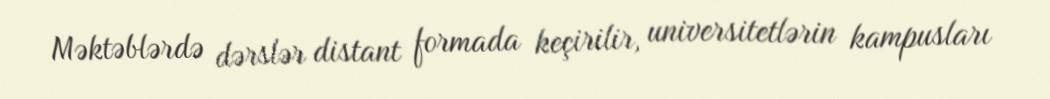
Məktəblərdə dərslər distant formada keçirilir, universitetlərin kampusları